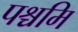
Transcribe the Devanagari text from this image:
पश्चमि